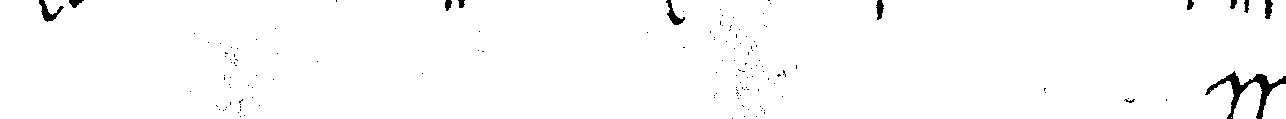
#